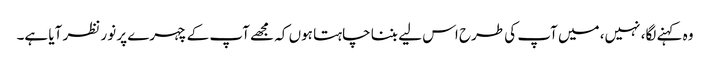
وہ کہنے لگا، نہیں، میں آپ کی طرح اس لیے بننا چاہتا ہوں کہ مجھے آپ کے چہرے پر نور نظر آیا ہے۔